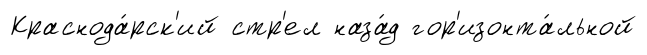
Краснода́рск'ий стр'ел наза́д гор'изонта́льной